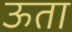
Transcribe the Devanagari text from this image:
ऊता